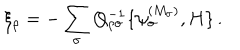
\xi _ { \rho } = - \sum _ { \sigma } Q _ { \rho \sigma } ^ { - 1 } \{ \psi _ { \sigma } ^ { ( M _ { \sigma } ) } , H \} \, .